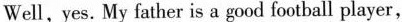
Well, yes. My father is a good football player,